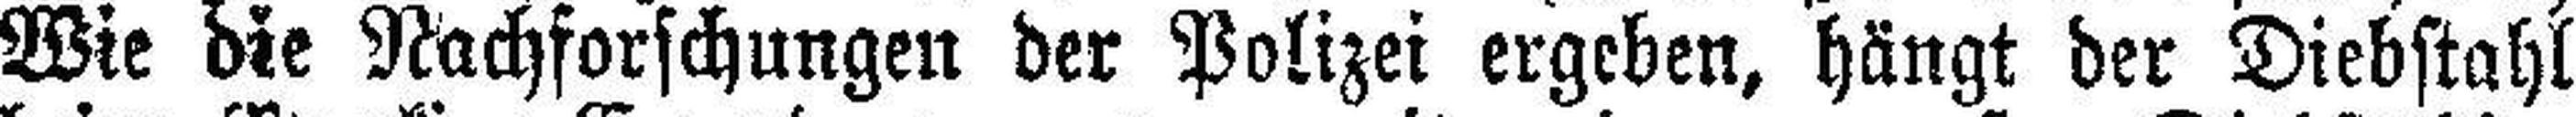
Wie die Nachforschungen der Polizei ergeben, hängt der Diebstahl